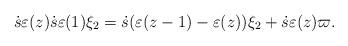
LaTeX: \begin{align*}\dot{s}\varepsilon(z) \dot{s} \varepsilon(1) \xi_2=\dot{s} (\varepsilon (z-1)-\varepsilon(z) ) \xi_2+ \dot{s}\varepsilon(z)\varpi.\end{align*}